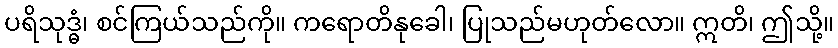
ပရိသုဒ္ဓံ၊ စင်ကြယ်သည်ကို။ ကရောတိနုခေါ၊ ပြုသည်မဟုတ်လော။ ဣတိ၊ ဤသို့။